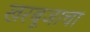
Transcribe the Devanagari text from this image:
खरबूजाचा